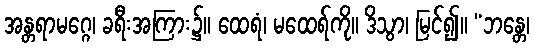
အန္တရာမဂ္ဂေ၊ ခရီးအကြား၌။ ထေရံ၊ မထေရ်ကို။ ဒိသွာ၊ မြင်၍။ “ဘန္တေ၊